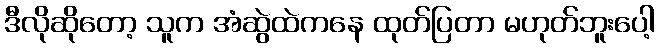
ဒီလိုဆိုတော့ သူက အံဆွဲထဲကနေ ထုတ်ပြတာ မဟုတ်ဘူးပေါ့